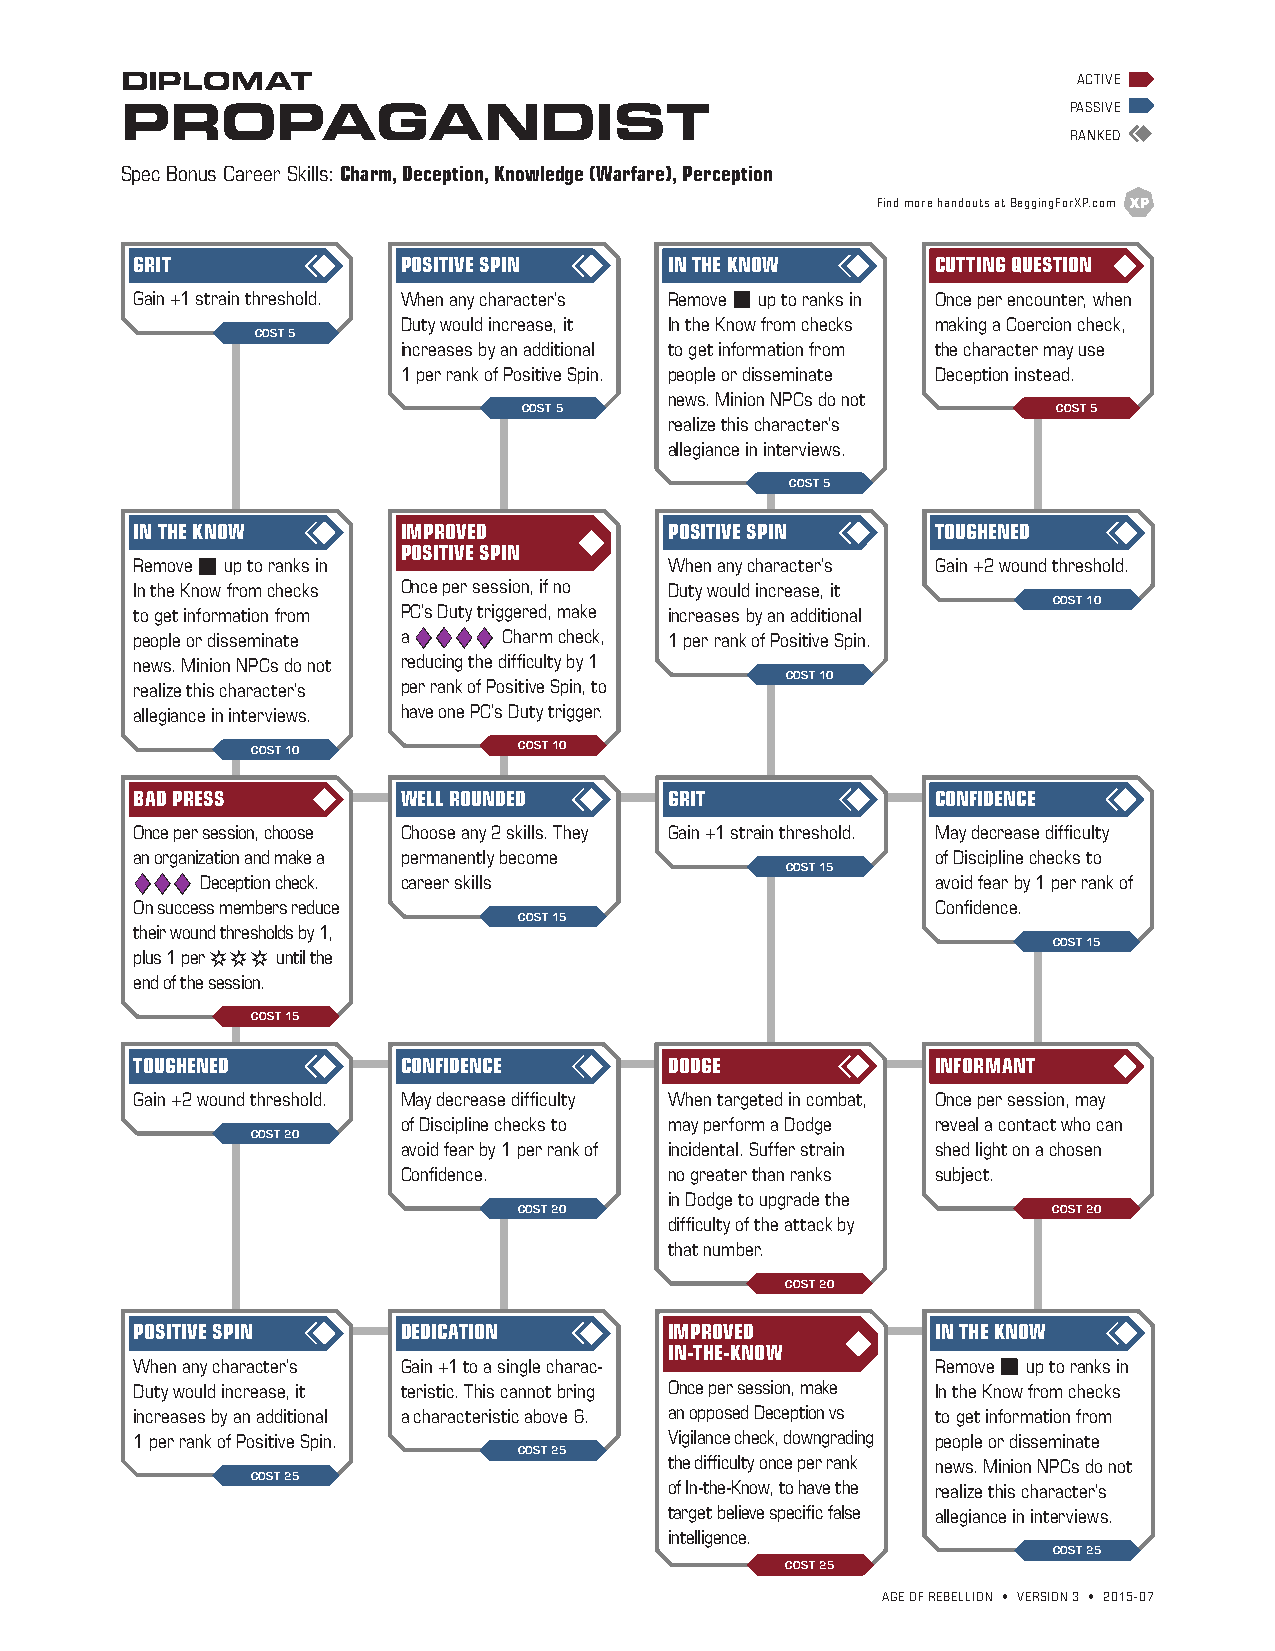
DIPLOMAT                                                       ACTIVE
 PROPAGANDIST                                                   PASSIVE
 RANKED
 Spec Bonus Career Skills: Charm, Deception, Knowledge (Warfare), Perception
 Find more handouts at BeggingForXP.com
 GRIT              POSITIVE SPIN    IN THE KNOW       CUTTING QUESTION
 Gain +1 strain threshold. When any character’s Remove b up to ranks in Once per encounter, when
 Duty would increase, it In the Know from checks making a Coercion check,
 COST 5
 increases by an additional to get information from the character may use
 1 per rank of Positive Spin. people or disseminate Deception instead.
 news. Minion NPCs do not
 COST 5                             COST 5
 realize this character’s
 allegiance in interviews.
 COST 5
 IN THE KNOW       IMPROVED         POSITIVE SPIN     TOUGHENED
 POSITIVE SPIN
 Remove b up to ranks in            When any character’s Gain +2 wound threshold.
 In the Know from checks Once per session, if no Duty would increase, it
 COST 10
 to get information from PC’s Duty triggered, make increases by an additional
 people or disseminate a dddd Charm check, 1 per rank of Positive Spin.
 news. Minion NPCs do not reducing the difficulty by 1
 COST 10
 realize this character’s per rank of Positive Spin, to
 allegiance in interviews. have one PC’s Duty trigger.
 COST 10          COST 10
 BAD PRESS         WELL ROUNDED     GRIT              CONFIDENCE
 Once per session, choose Choose any 2 skills. They Gain +1 strain threshold. May decrease difficulty
 an organization and make a permanently become        of Discipline checks to
 COST 15
 ddd Deception check. career skills                   avoid fear by 1 per rank of
 On success members reduce                            Confidence.
 COST 15
 their wound thresholds by 1,
 COST 15
 plus 1 per sss until the
 end of the session.
 COST 15
 TOUGHENED         CONFIDENCE       DODGE             INFORMANT
 Gain +2 wound threshold. May decrease difficulty When targeted in combat, Once per session, may
 of Discipline checks to may perform a Dodge reveal a contact who can
 COST 20
 avoid fear by 1 per rank of incidental. Suffer strain shed light on a chosen
 Confidence.      no greater than ranks subject.
 in Dodge to upgrade the
 COST 20                             COST 20
 difficulty of the attack by
 that number.
 COST 20
 POSITIVE SPIN     DEDICATION       IMPROVED          IN THE KNOW
 IN-THE-KNOW
 When any character’s Gain +1 to a single charac-     Remove b up to ranks in
 Duty would increase, it teristic. This cannot bring Once per session, make In the Know from checks
 increases by an additional a characteristic above 6. an opposed Deception vs to get information from
 1 per rank of Positive Spin.       Vigilance check, downgrading people or disseminate
 COST 25
 the difficulty once per rank news. Minion NPCs do not
 COST 25
 of In-the-Know, to have the realize this character’s
 target believe specific false allegiance in interviews.
 intelligence.
 COST 25
 COST 25
 AGE OF REBELLION • VERSION 3 • 2015-07